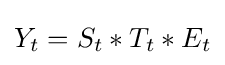
Y_{t}=S_{t}*T_{t}*E_{t}